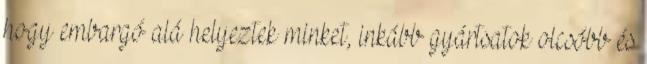
hogy embargó alá helyeztek minket, inkább gyártsatok olcsóbb és